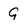
Character: 9